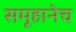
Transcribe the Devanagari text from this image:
समूहानेच